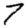
Digit: 7